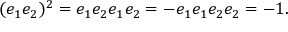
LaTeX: ( e _ { 1 } e _ { 2 } ) ^ { 2 } = e _ { 1 } e _ { 2 } e _ { 1 } e _ { 2 } = - e _ { 1 } e _ { 1 } e _ { 2 } e _ { 2 } = - 1 .